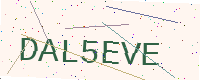
Text: DAL5EVE